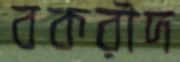
বকরীদ